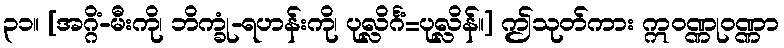
၃၁။ [အဂ္ဂိံ-မီးကို၊ ဘိက္ခုံ-ရဟန်းကို၊ ပုလ္လိင်္ဂံ=ပုလ္လိန်။] ဤသုတ်ကား ဣဝဏ္ဏုဝဏ္ဏာ